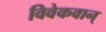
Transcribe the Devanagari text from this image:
विवेकवान्